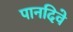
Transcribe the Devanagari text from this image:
पानदिवे